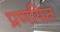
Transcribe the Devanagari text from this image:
प्रणयित